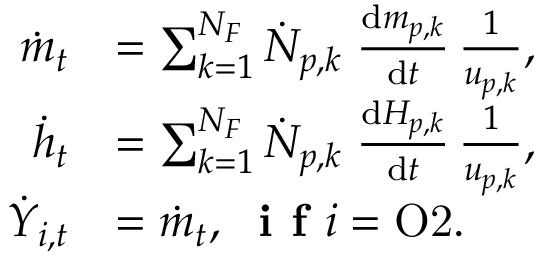
\begin{array} { r l } { \dot { m } _ { t } } & { = \sum _ { k = 1 } ^ { N _ { F } } \dot { N } _ { p , k } \; \frac { \mathrm { d } m _ { p , k } } { \mathrm { d } t } \, \frac { 1 } { u _ { p , k } } , } \\ { \dot { h } _ { t } } & { = \sum _ { k = 1 } ^ { N _ { F } } \dot { N } _ { p , k } \; \frac { \mathrm { d } H _ { p , k } } { \mathrm { d } t } \, \frac { 1 } { u _ { p , k } } , } \\ { \dot { Y } _ { i , t } } & { = \dot { m } _ { t } , \; \textbf { i f } i = \mathrm { O 2 } . } \end{array}